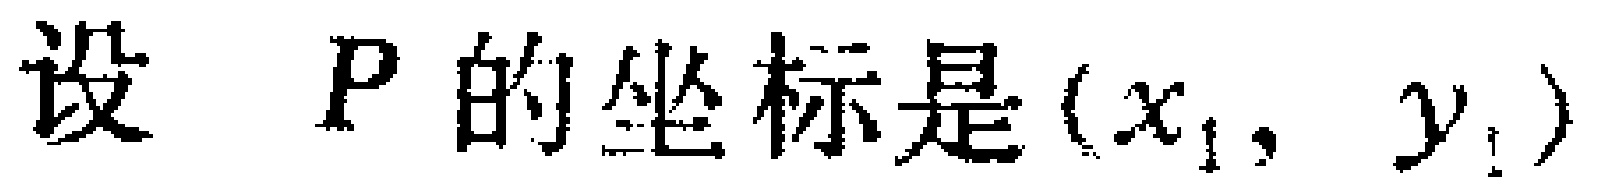
设 \(P\) 的坐标是 \((x_{1}, y_{1})\)